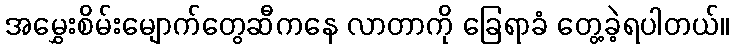
အမွှေးစိမ်းမျောက်တွေဆီကနေ လာတာကို ခြေရာခံ တွေ့ခဲ့ရပါတယ်။